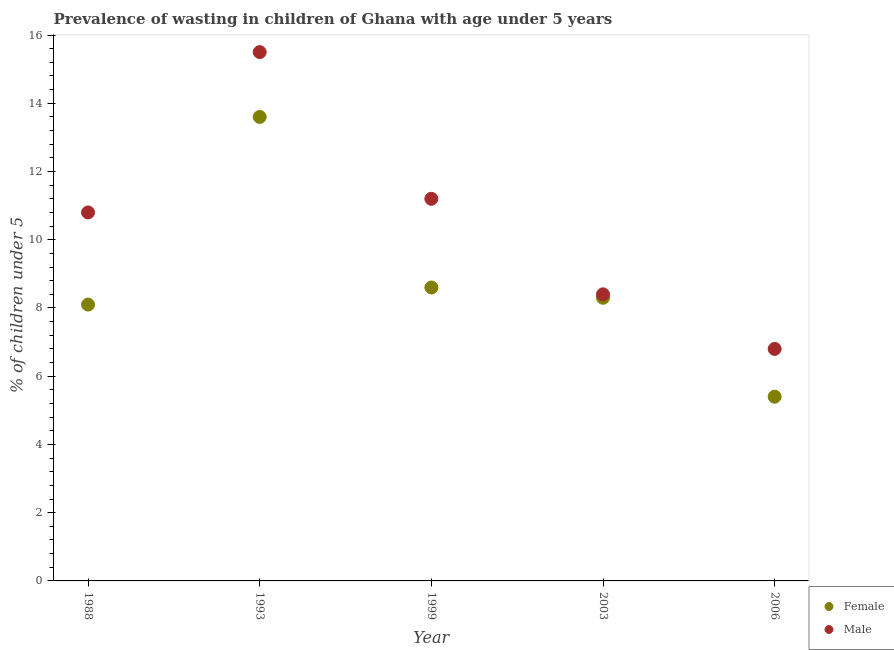
| Year | Female | Male |
 | --- | --- | --- |
 | 1988 | 8.1 | 10.8 |
 | 1993 | 13.6 | 15.5 |
 | 1999 | 8.6 | 11.2 |
 | 2003 | 8.3 | 8.4 |
 | 2006 | 5.4 | 6.8 |